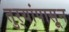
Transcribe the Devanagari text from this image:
तुर्‍यांपासून